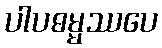
ပါပဓမ္မဿပေ